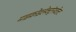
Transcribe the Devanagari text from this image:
माइक्रोइलेक्ट्रॉनवोल्ट